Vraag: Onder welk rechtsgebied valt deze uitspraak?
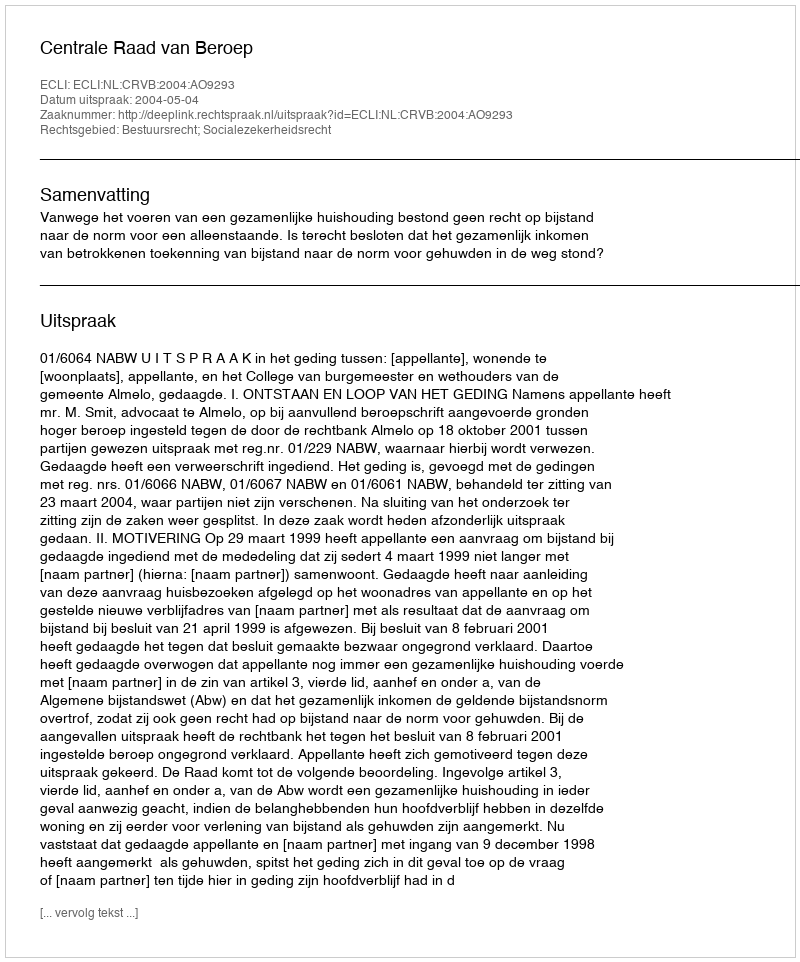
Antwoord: Bestuursrecht; Socialezekerheidsrecht